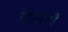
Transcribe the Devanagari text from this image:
पाळितो